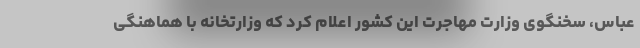
عباس، سخنگوی وزارت مهاجرت این کشور اعلام کرد که وزارتخانه با هماهنگی